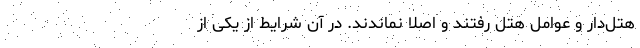
هتل‌دار و عوامل هتل رفتند و اصلاً نماندند. در آن شرایط از یکی از